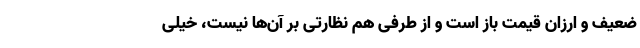
ضعیف و ارزان قیمت باز است و از طرفی هم نظارتی بر آن‌ها نیست، خیلی